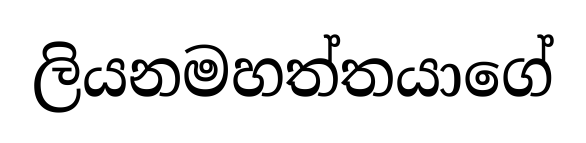
ලියනමහත්තයාගේ